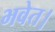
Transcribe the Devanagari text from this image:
भवेत।